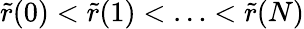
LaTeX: \tilde{r}(0)<\tilde{r}(1)<\ldots<\tilde{r}(N)